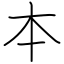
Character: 本